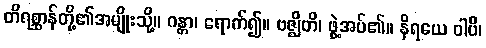
တိရစ္ဆာန်တို့၏အမျိုးသို့။ ဂန္တာ၊ ရောက်၍။ ဗဇ္ဈိတိ၊ ဖွဲ့အပ်၏။ နိရယေ ဝါပိ၊